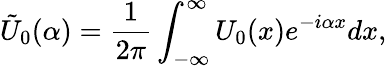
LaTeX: \tilde{U}_{0}(\alpha)=\frac{1}{2\pi}\int_{-\infty}^{\infty}U_{0}(x)e^{-i\alpha x}dx,